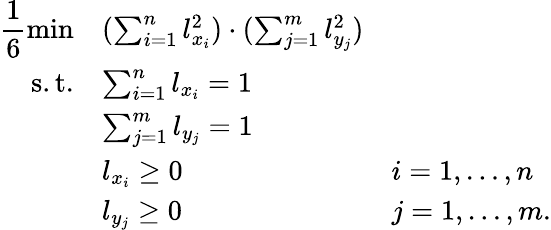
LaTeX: \begin{array}{rll}{\displaystyle\frac 16\operatorname*{min}}&{(\sum_{i=1}^{n}l_{x_{i}}^{2})\cdot(\sum_{j=1}^{m}l_{y_{j}}^{2})}\\ {\mathrm{s.t.}}&{\sum_{i=1}^{n}l_{x_{i}}=1}\\ &{\sum_{j=1}^{m}l_{y_{j}}=1}\\ &{l_{x_{i}}\geq 0}&{i=1,\ldots,n}\\ &{l_{y_{j}}\geq 0}&{j=1,\ldots,m.}\end{array}